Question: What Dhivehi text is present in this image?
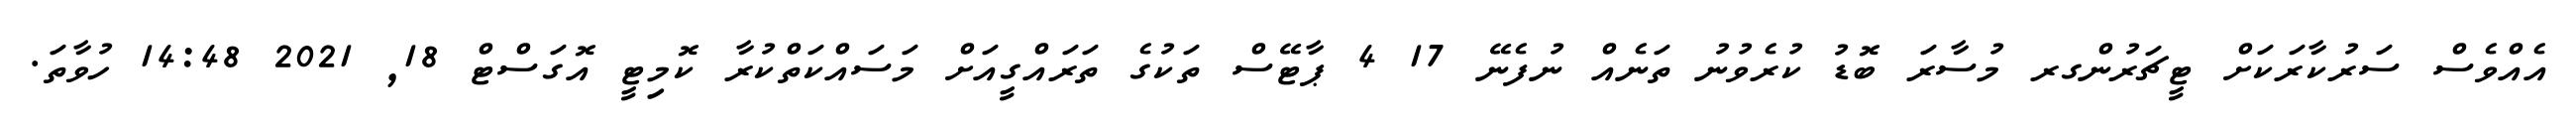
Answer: އެއްވެސް ސަރުކާރަކަށް ޓީޗަރުންގރ މުސާރަ ބޮޑު ކުރެވުނު ތަނެއް ނުފެނޭ 17 4 ޕާޓޭސް ތަކުގެ ތަރައްގީއަށް މަސައްކަތްކުރާ ކޮމިޓީ އޮގަސްޓް 18, 2021 14:48 ހުވާތަ.